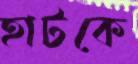
হাটকে